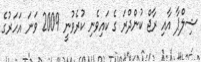
ޝިލްޕާ އާއި ރާޖް ކުންދްރަ ގެ ކައިވެނި ކުރެވުނީ 2009 ވަނަ އަހަރުގެ